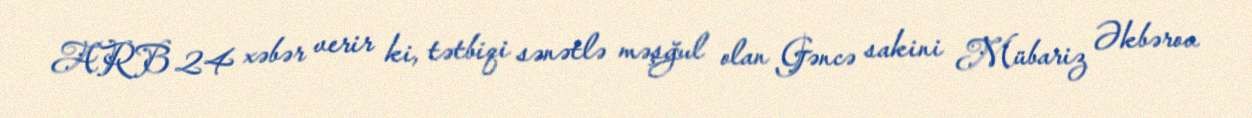
ARB 24 xəbər verir ki, tətbiqi sənətlə məşğul olan Gəncə sakini Mübariz Əkbərov